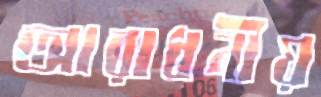
আরাধনীয়